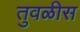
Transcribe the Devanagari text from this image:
तुवळीस